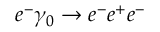
e ^ { - } \gamma _ { 0 } \rightarrow e ^ { - } e ^ { + } e ^ { - }